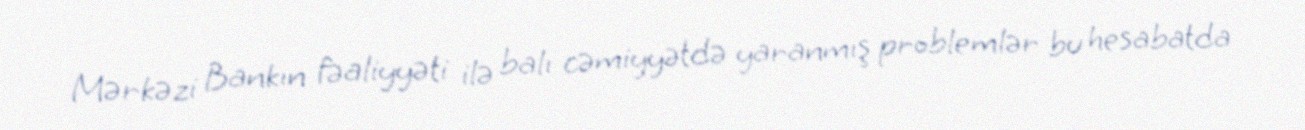
Mərkəzi Bankın fəaliyyəti ilə balı cəmiyyətdə yaranmış problemlər bu hesabatda